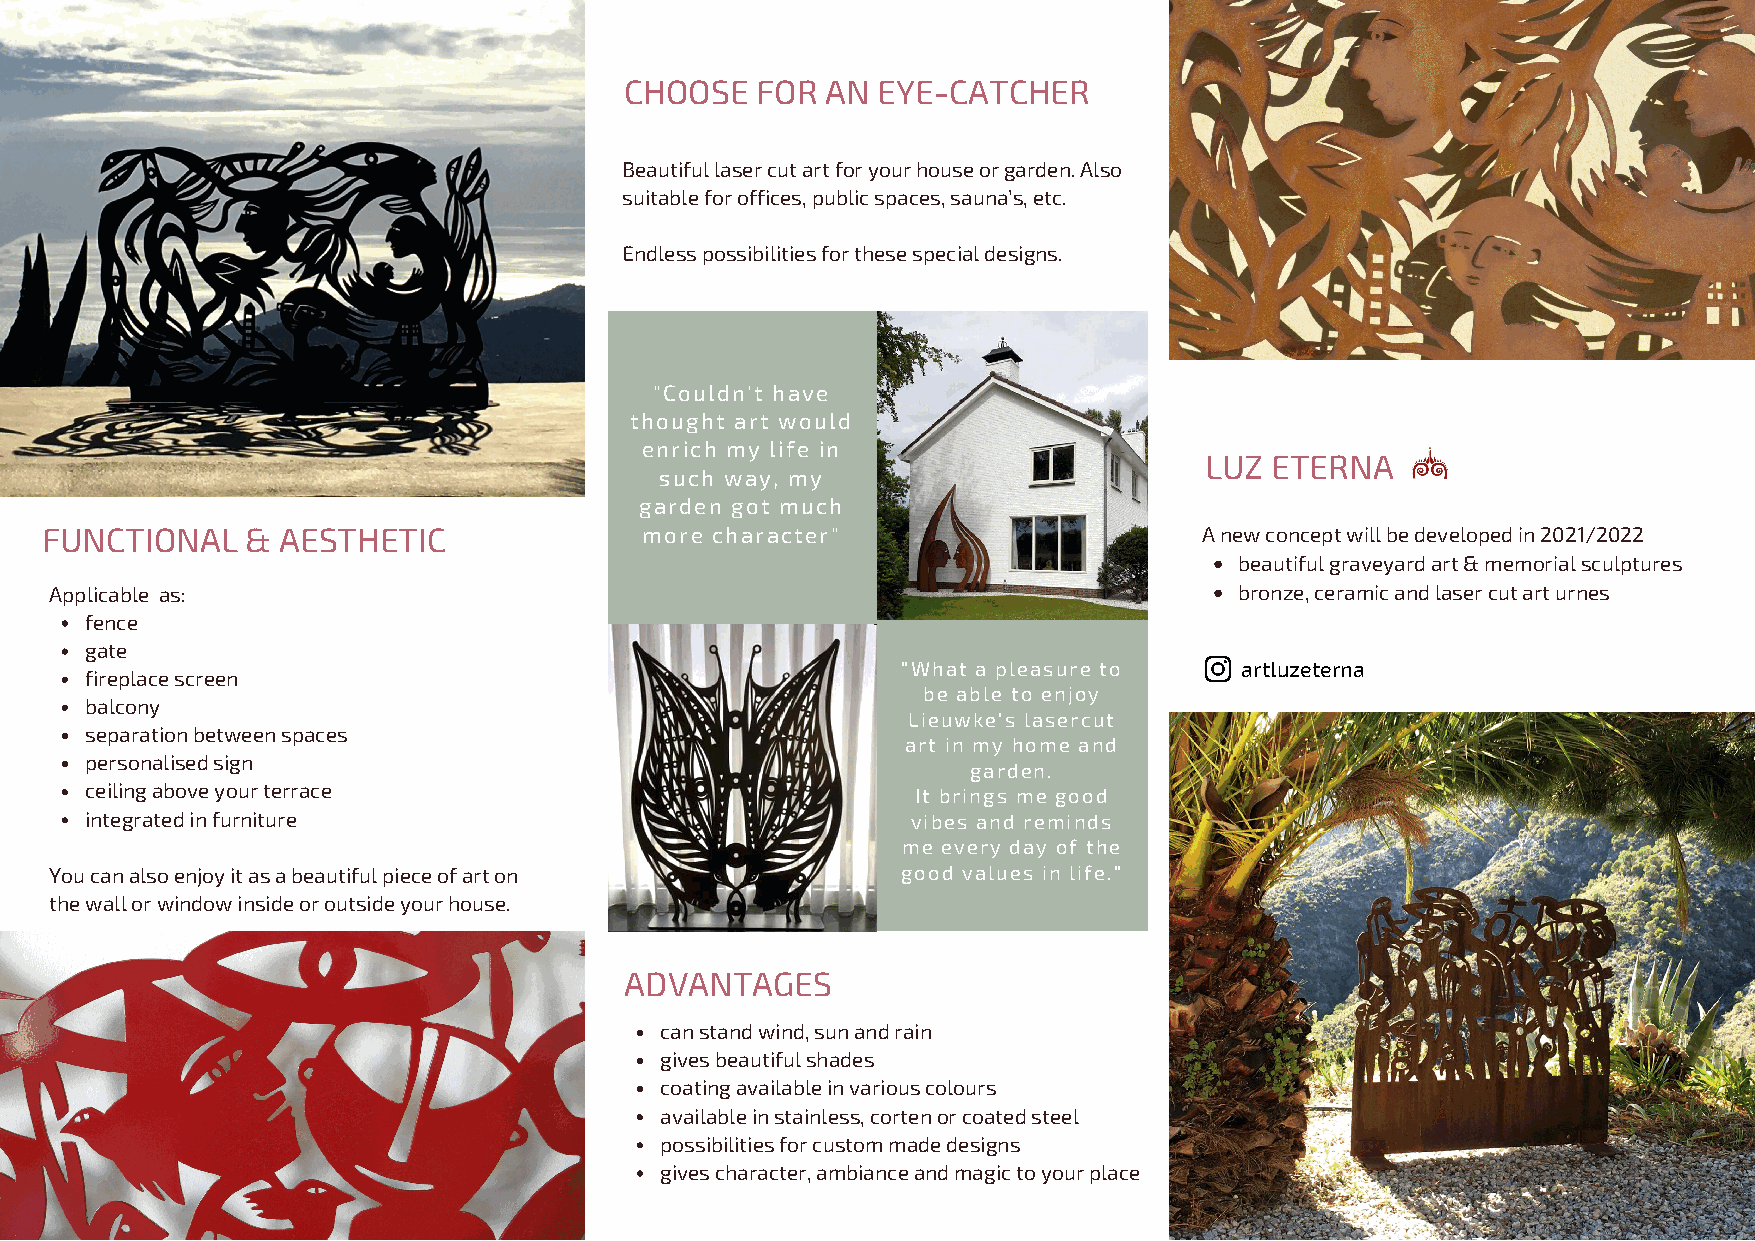
CHOOSE   FOR  AN EYE-CATCHER
 Beautiful laser cut art for your house or garden. Also
 suitable for offices, public spaces, sauna's, etc.
 Endless possibilities for these special designs.
 "Couldn't have
 thought art would
 enrich my life in
 LUZ ETERNA
 such way, my
 garden got much
 FUNCTIONAL   & AESTHETIC                more character"                      A new concept will be developed in 2021/2022
 beautiful graveyard art & memorial sculptures
 Applicable as:                                                                 bronze, ceramic and laser cut art urnes
 fence
 gate
 "What a pleasure to   artluzeterna
 fireplace screen
 be able to enjoy
 balcony
 Lieuwke's lasercut
 separation between spaces
 art in my home and
 personalised sign
 garden.
 ceiling above your terrace                             It brings me good
 integrated in furniture                               vibes and reminds
 me every day of the
 You can also enjoy it as a beautiful piece of art on     good values in life."
 the wall or window inside or outside your house.
 ADVANTAGES
 can stand wind, sun and rain
 gives beautiful shades
 coating available in various colours
 available in stainless, corten or coated steel
 possibilities for custom made designs
 gives character, ambiance and magic to your place